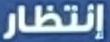
إنتظار